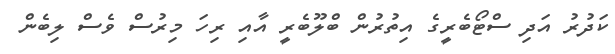
ކަދުރު އަދި ސްޓޯބެރީގެ އިތުރުން ބްލޫބެރީ އާއި ރިހަ މިރުސް ވެސް ލިބެން